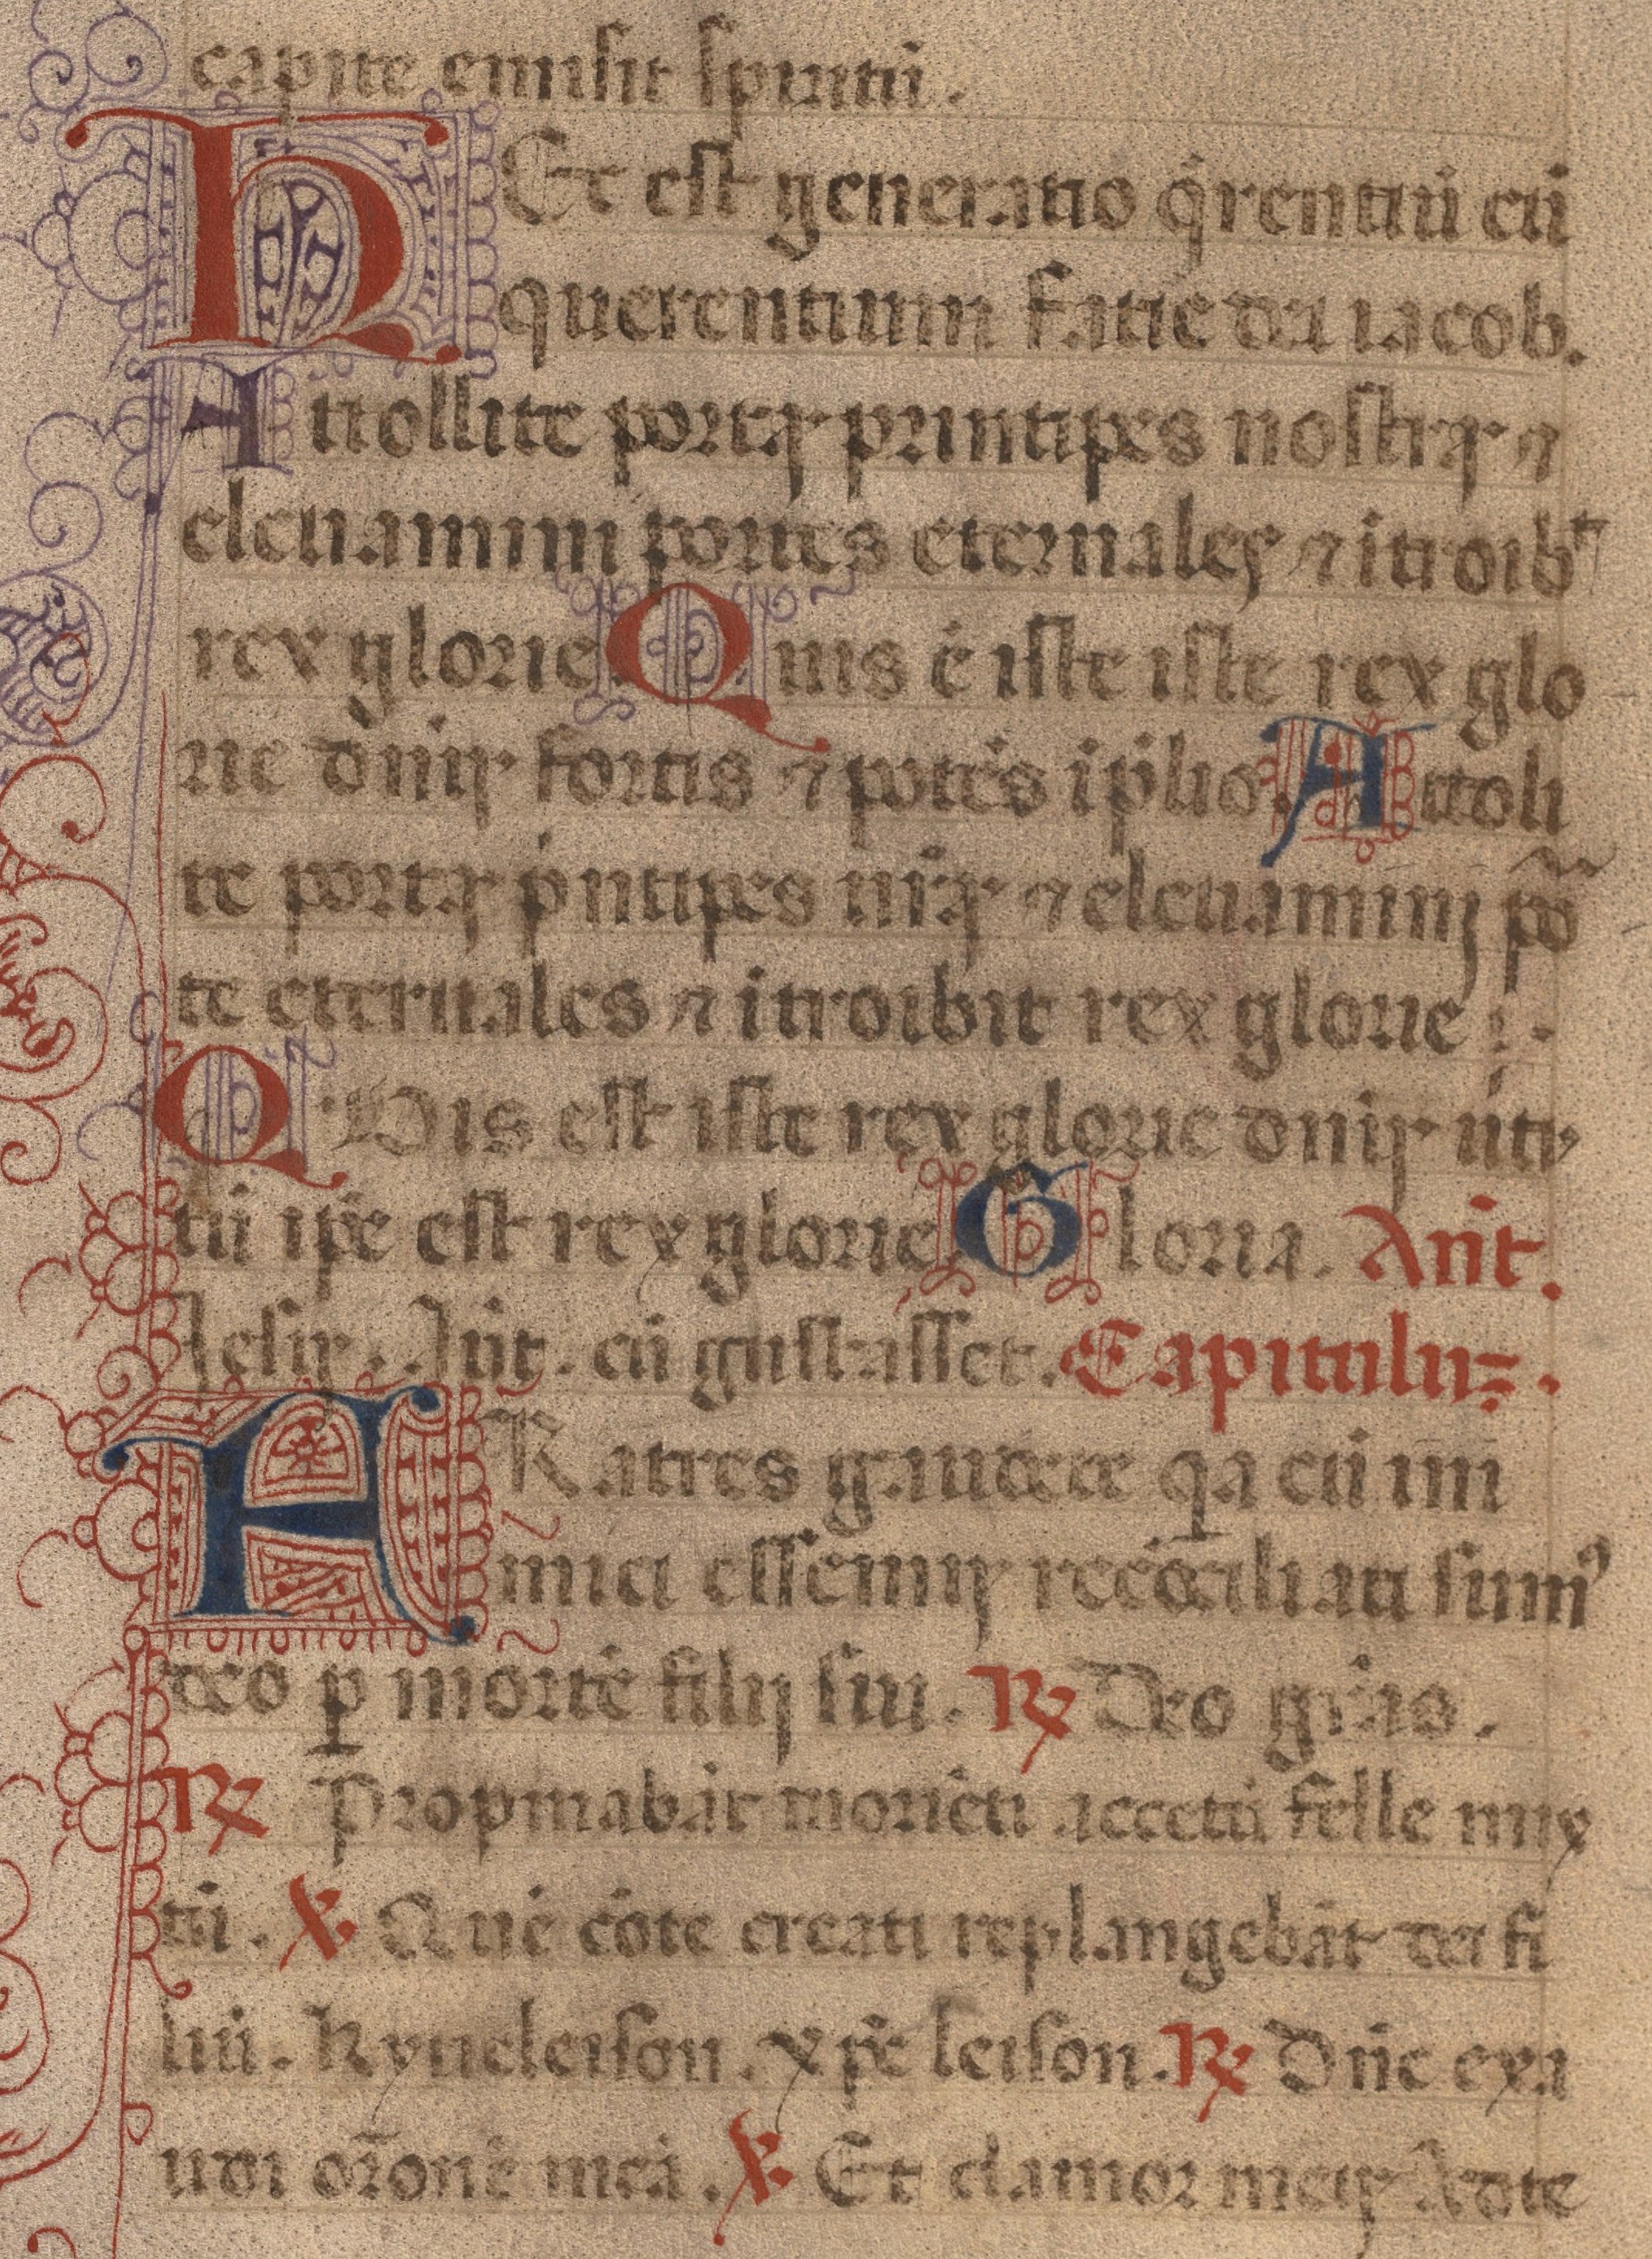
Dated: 1450–1484